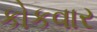
કોકવાર